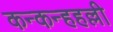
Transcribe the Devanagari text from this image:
कन्कन्हहल्ली